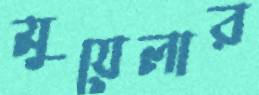
মুয়েলার